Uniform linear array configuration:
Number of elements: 4
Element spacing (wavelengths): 0.5
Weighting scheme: hann
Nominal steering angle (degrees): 0
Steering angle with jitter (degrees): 1.42
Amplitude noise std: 0.05
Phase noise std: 0.05

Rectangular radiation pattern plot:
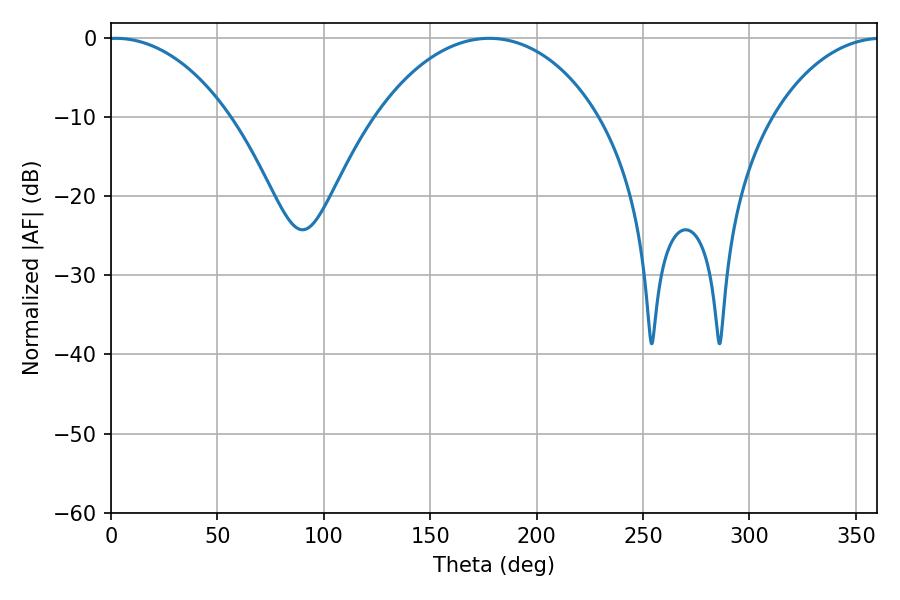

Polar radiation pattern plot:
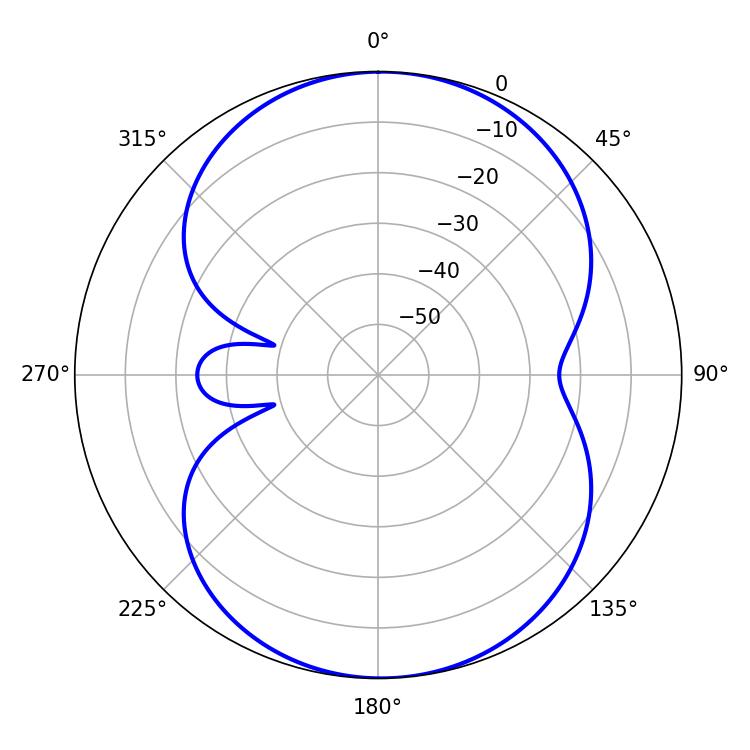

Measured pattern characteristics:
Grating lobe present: FALSE
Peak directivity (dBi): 12.685
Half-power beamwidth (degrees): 32.58
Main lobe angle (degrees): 2.16